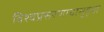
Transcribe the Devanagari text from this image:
विश्वप्रसरणाचासुद्धा